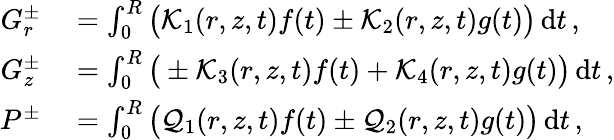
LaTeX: \begin{array}{rl}{G_{r}^{\pm}}&{{}=\int_{0}^{R}\big(\mathcal{K}_{1}(r,z,t)f(t)\pm\mathcal{K}_{2}(r,z,t)g(t)\big)\, \mathrm{d}t\, ,}\\ {G_{z}^{\pm}}&{{}=\int_{0}^{R}\big(\pm\mathcal{K}_{3}(r,z,t)f(t)+\mathcal{K}_{4}(r,z,t)g(t)\big)\, \mathrm{d}t\, ,}\\ {P^{\pm}}&{{}=\int_{0}^{R}\big(\mathcal{Q}_{1}(r,z,t)f(t)\pm\mathcal{Q}_{2}(r,z,t)g(t)\big)\, \mathrm{d}t\, ,}\end{array}